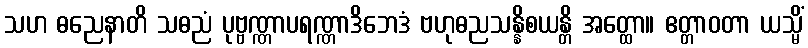
သဟ ဓညေနာတိ သဓညံ ပုဗ္ဗဏ္ဏာပရဏ္ဏာဒိဘေဒံ ဗဟုဓညသန္နိစယန္တိ အတ္ထော။ ဧတ္တာဝတာ ယသ္မိံ